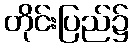
တိုင်းပြည်၌